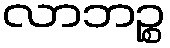
လာဘဉ္စ